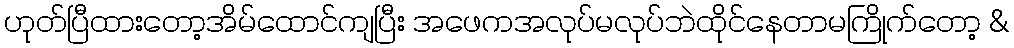
ဟုတ်ပြီထားတော့အိမ်ထောင်ကျပြီး အဖေကအလုပ်မလုပ်ဘဲထိုင်နေတာမကြိုက်တော့ &